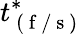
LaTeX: t_{\mathrm{~(~f~/~s~)~}}^{*}